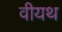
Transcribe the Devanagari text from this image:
वीयथ